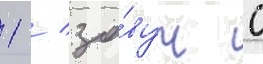
1 / за́вуч с